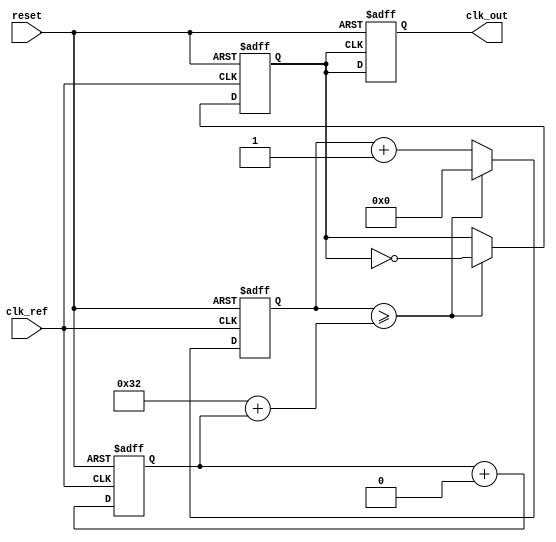
module PLL (
    input wire clk_ref,         // Reference clock input
    input wire reset,           // Active high reset
    output reg clk_out          // Output clock signal
);

// Parameters
parameter VCO_TUNING_RANGE = 50; // Tuning range for VCO
parameter LOOP_FILTER_COEF = 8;  // Loop filter coefficient

// Internal signals
reg [7:0] phase_error;           // Phase error from phase detector
reg [15:0] control_voltage;       // Control voltage for VCO
reg clk_vco;                     // Output of VCO
reg [3:0] vco_count;             // VCO count for frequency generation

// Phase Detector (PD) - simple edge detector for phase error
always @(posedge clk_ref or posedge reset) begin
    if (reset) begin
        phase_error <= 0;
    end else begin
        // Simulated phase error detection logic
        // This can be more complex based on the design requirements
        if (clk_ref && clk_vco) begin
            phase_error <= phase_error + 1; // Increment phase error
        end else if (!clk_ref && !clk_vco) begin
            phase_error <= phase_error - 1; // Decrement phase error
        end
    end
end

// Loop Filter (LF) - simple proportional filter
always @(posedge clk_ref or posedge reset) begin
    if (reset) begin
        control_voltage <= 0;
    end else begin
        // Update control voltage based on phase error
        control_voltage <= control_voltage + (phase_error >> LOOP_FILTER_COEF);
    end
end

// Voltage-Controlled Oscillator (VCO)
always @(posedge clk_ref or posedge reset) begin
    if (reset) begin
        vco_count <= 0;
        clk_vco <= 0;
    end else begin
        // Simple VCO behavior based on control voltage
        if (vco_count >= (VCO_TUNING_RANGE + control_voltage)) begin
            clk_vco <= ~clk_vco; // Toggle VCO output
            vco_count <= 0;      // Reset count
        end else begin
            vco_count <= vco_count + 1; // Increment count
        end
    end
end

// Generate Output Clock
always @(posedge clk_vco or posedge reset) begin
    if (reset) begin
        clk_out <= 0;
    end else begin
        clk_out <= clk_vco; // Output the VCO signal
    end
end

endmodule